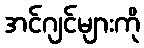
အင်ဂျင်များကို